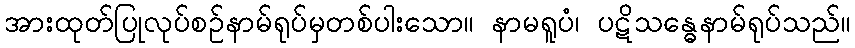
အားထုတ်ပြုလုပ်စဉ်နာမ်ရုပ်မှတစ်ပါးသော။ နာမရူပံ၊ ပဋိသန္ဓေနာမ်ရုပ်သည်။